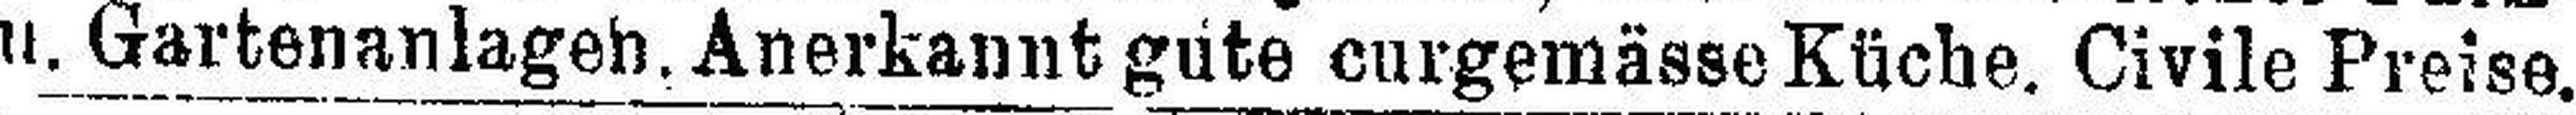
u. Gartenanlagen. Anerkannt gute curgemässe Küche. Civile Preise.